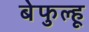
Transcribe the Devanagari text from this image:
बेफुल्हू